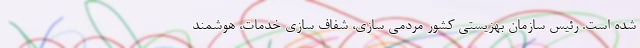
شده است. رئیس سازمان بهزیستی کشور مردمی سازی، شفاف سازی خدمات، هوشمند